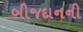
બીજદાનની